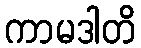
ကာမဒါတိ